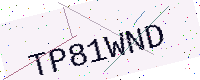
Text: TP81WND